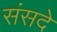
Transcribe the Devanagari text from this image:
संसदे